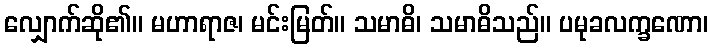
လျှောက်ဆို၏။ မဟာရာဇ၊ မင်းမြတ်။ သမာဓိ၊ သမာဓိသည်။ ပမုခလက္ခဏော၊